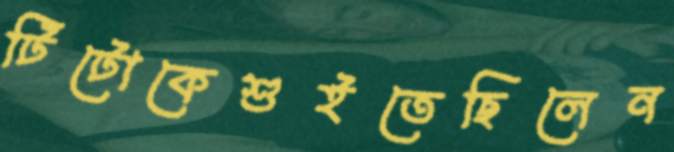
টিটোকেশুইতেছিলেন